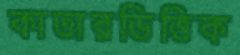
কাতারভিত্তিক